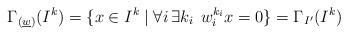
LaTeX: \begin{align*}\Gamma_{(\underline{w})}(I^k) = \{x \in I^k \mid \forall i\, \exists k_i\, \; w_i^{k_i} x = 0 \} = \Gamma_{I'}(I^ k)\end{align*}